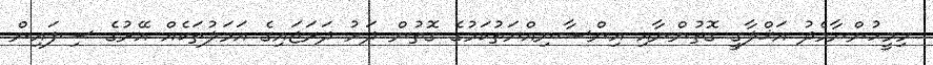
މިމީހުންނާމެދު އަޚްލާގީ ގޮތުންނާއި އިންސާނިއްޔަތުކަމުގެ ގޮތުން ދަށު ދަރަޖައިގެ އަމަލުތަކެއް އޭރުގެ ސިފައިން